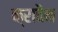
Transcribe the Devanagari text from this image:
क्रावैन